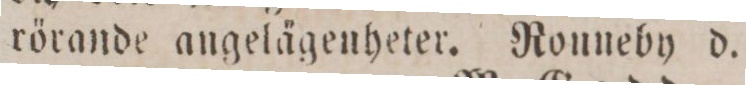
rörande angelägenheter. Rouneby d.